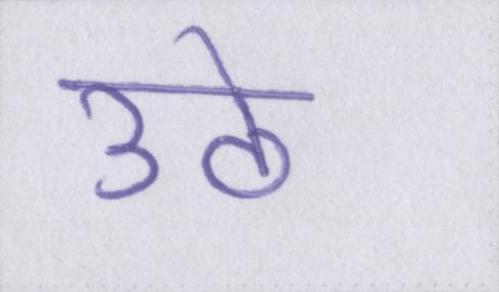
उठे